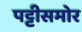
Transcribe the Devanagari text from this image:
पट्टीसमोर